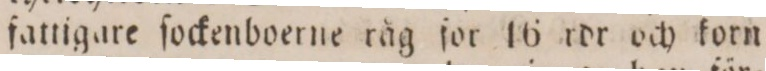
fattigare ſockenboerne råg for 16 rdr och korn